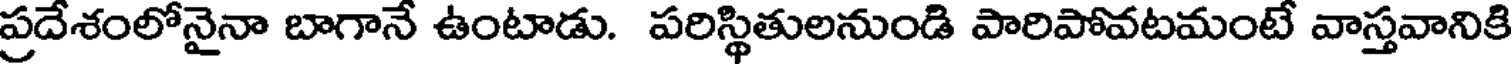
ప్రదేశంలోనైనా బాగానే ఉంటాడు. పరిస్థితులనుండి పారిపోవటమంటే వాస్తవానికి